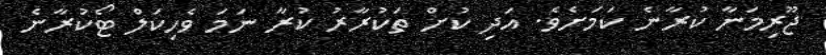
ޖޫރިމަނާ ކުރާނެ ކަމަށެވެ. އަދި ކުށް ތަކުރާރު ކުރާ ނަމަ ވެހިކަލް ޓޯކުރާނެ